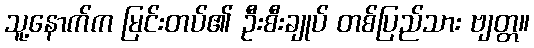
သူ့နောက်က မြင်းတပ်၏ ဦးစီးချုပ် တစ်ပြည်သား ဗျတ္တ။